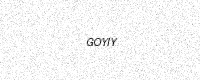
Text: GOYIY